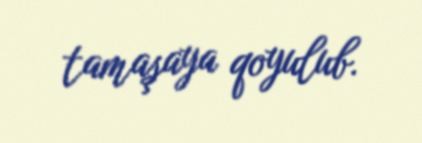
tamaşaya qoyulub.